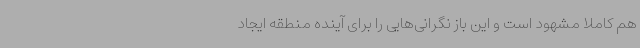
هم کاملاً مشهود است و این باز نگرانی‌هایی را برای آینده منطقه ایجاد